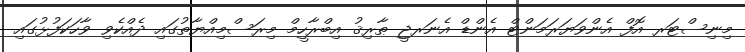
މިނިސްޓަރ އޮފް އެންވަޔަރަމަންޓް އެންޑް އެނަރޖީ ޠާރިޤު އިބްރާހީމް މިރަސްމިއްޔާތުގައި ދެއްކެވި ވާހަކަފުޅުގައި